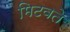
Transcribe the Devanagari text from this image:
मिटवते